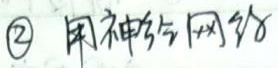
\textcircled{2} 用神经网络